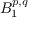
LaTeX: B _ { 1 } ^ { p , q }